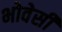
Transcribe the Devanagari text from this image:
भोवेसी